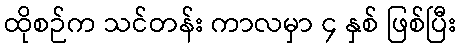
ထိုစဉ်က သင်တန်း ကာလမှာ ၄ နှစ် ဖြစ်ပြီး